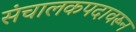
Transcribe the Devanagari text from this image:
संचालकपदावरून